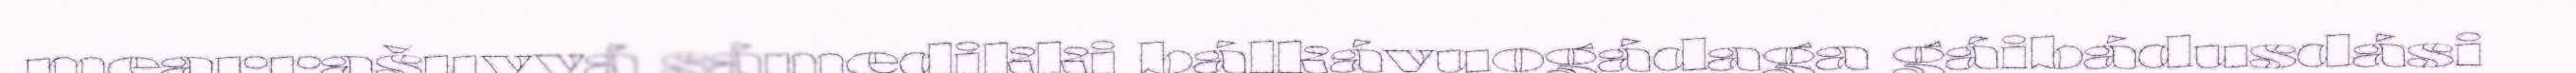
mearrašuvvá sámedikki bálkávuogádaga gáibádusdási